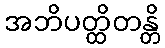
အဘိပတ္ထိတန္တိ